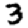
Digit: 3